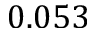
0 . 0 5 3